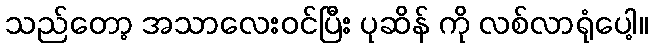
သည်တော့ အသာလေးဝင်ပြီး ပုဆိန် ကို လစ်လာရုံပေါ့။